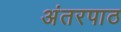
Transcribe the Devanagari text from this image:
अंतरपाठ